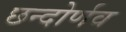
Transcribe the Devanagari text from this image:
छन्दोर्णव